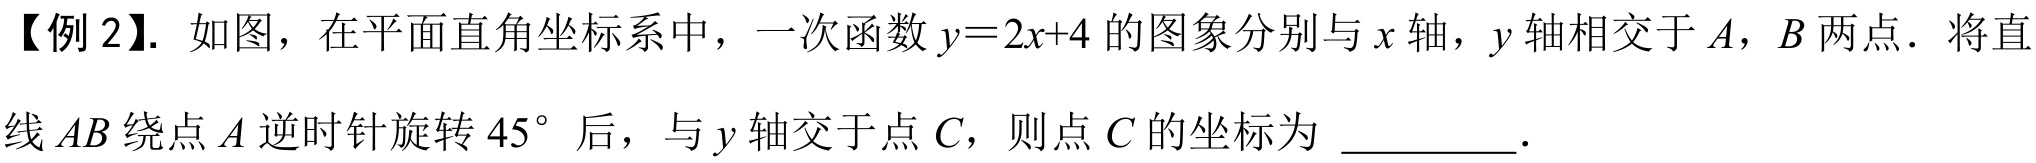
【例 2】. 如图，在平面直角坐标系中，一次函数\(y = 2x + 4\)的图象分别与\(x\)轴，\(y\)轴相交于\(A\)，\(B\)两点．将直线\(AB\)绕点\(A\)逆时针旋转\(45^{\circ}\)后，与\(y\)轴交于点\(C\)，则点\(C\)的坐标为 \_\_\_\_\_\_．